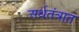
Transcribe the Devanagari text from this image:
अर्थतंत्रात